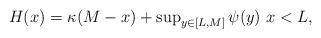
LaTeX: \begin{align*} H(x) = \kappa(M-x) + \textstyle{\sup_{y \in [L, M]} } \, \psi(y) \ x < L,\end{align*}